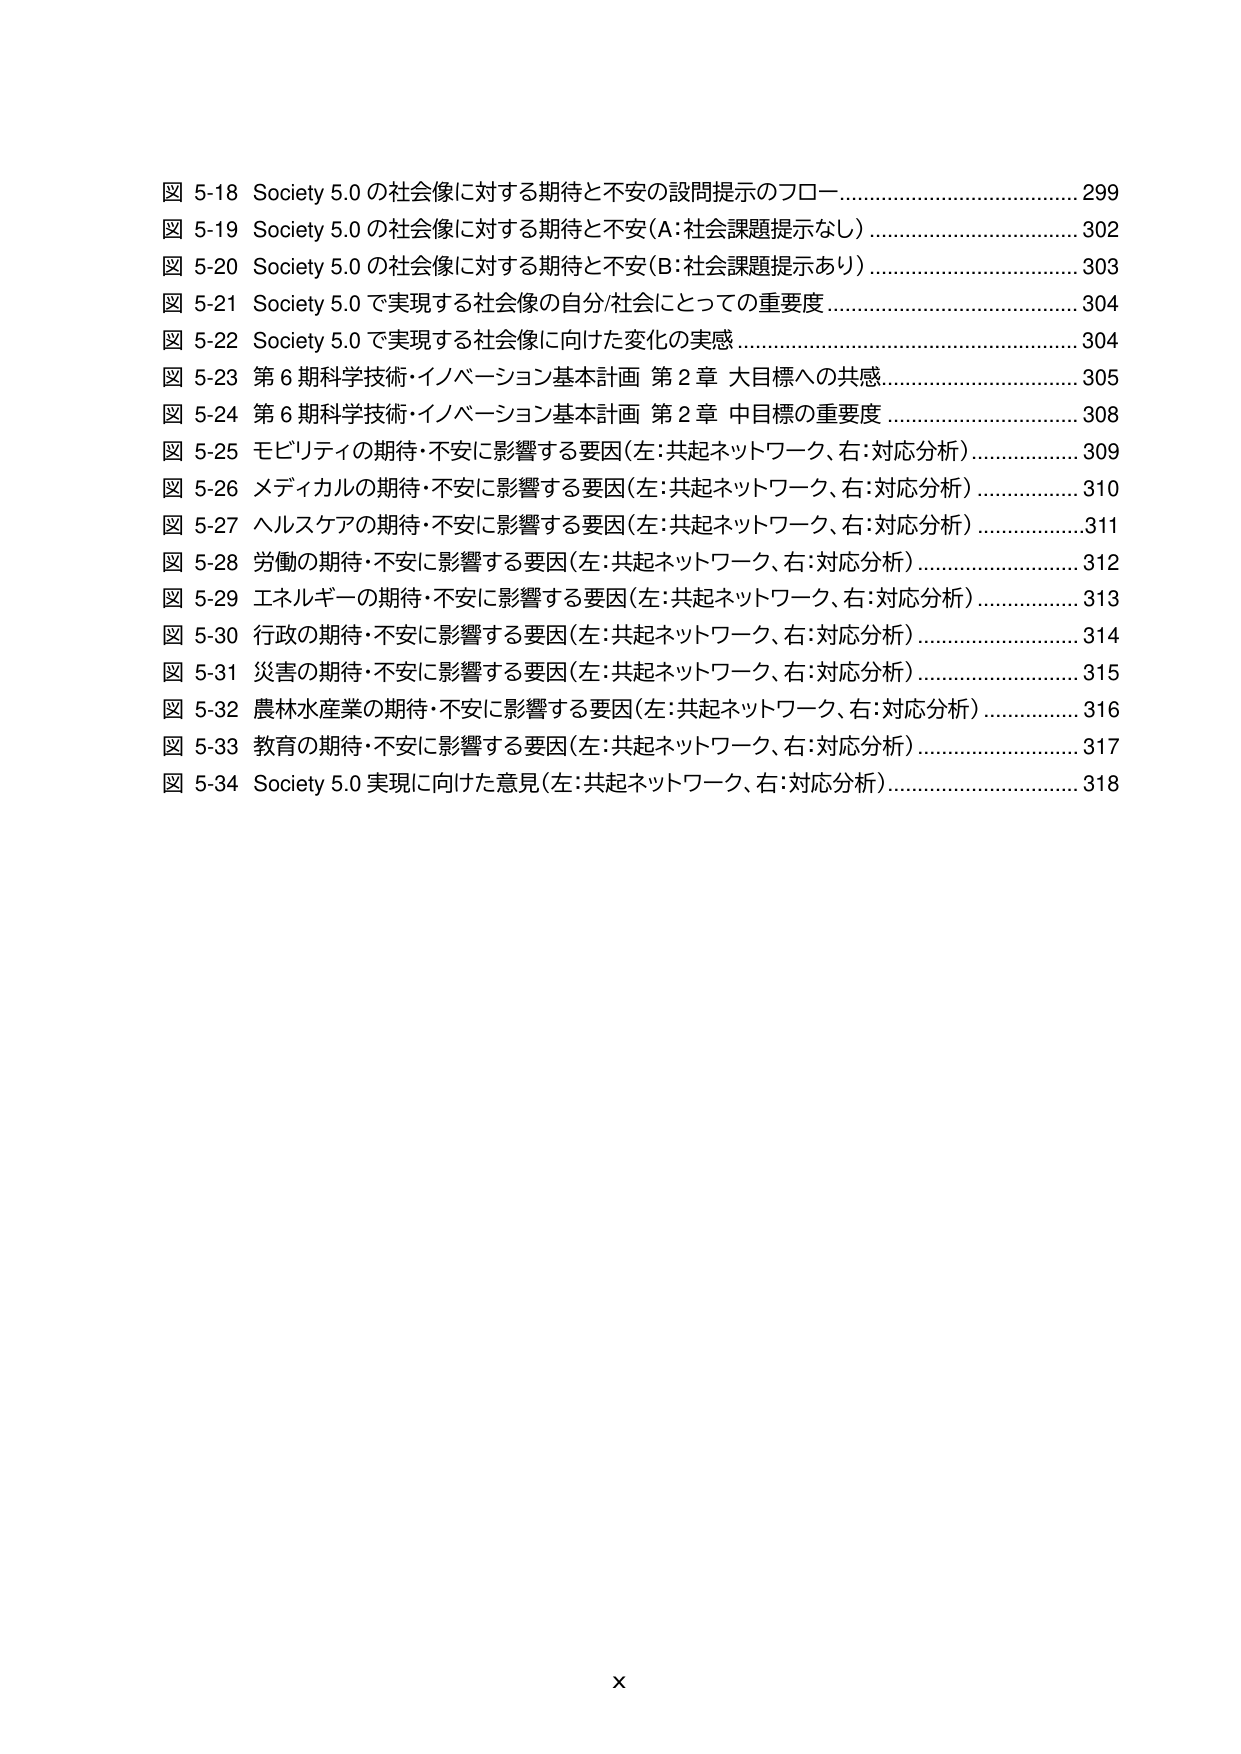
図 5-18 Society 5.0 の社会像に対する期待と不安の設問提示のフロー 299
図 5-19 Society 5.0 の社会像に対する期待と不安（A：社会課題提示なし） 302
図 5-20 Society 5.0 の社会像に対する期待と不安（B：社会課題提示あり） 303
図 5-21 Society 5.0 で実現する社会像の自分/社会にとっての重要度 304
図 5-22 Society 5.0 で実現する社会像に向けた変化の実感 304
図 5-23 第 6 期科学技術・イノベーション基本計画 第 2 章 大目標への共感 305
図 5-24 第 6 期科学技術・イノベーション基本計画 第 2 章 中目標の重要度 308
図 5-25 モビリティの期待・不安に影響する要因（左：共起ネットワーク、右：対応分析） 309
図 5-26 メディカルの期待・不安に影響する要因（左：共起ネットワーク、右：対応分析） 310
図 5-27 ヘルスケアの期待・不安に影響する要因（左：共起ネットワーク、右：対応分析） 311
図 5-28 労働の期待・不安に影響する要因（左：共起ネットワーク、右：対応分析） 312
図 5-29 エネルギーの期待・不安に影響する要因（左：共起ネットワーク、右：対応分析） 313
図 5-30 行政の期待・不安に影響する要因（左：共起ネットワーク、右：対応分析） 314
図 5-31 災害の期待・不安に影響する要因（左：共起ネットワーク、右：対応分析） 315
図 5-32 農林水産業の期待・不安に影響する要因（左：共起ネットワーク、右：対応分析） 316
図 5-33 教育の期待・不安に影響する要因（左：共起ネットワーク、右：対応分析） 317
図 5-34 Society 5.0 実現に向けた意見（左：共起ネットワーク、右：対応分析） 318

x